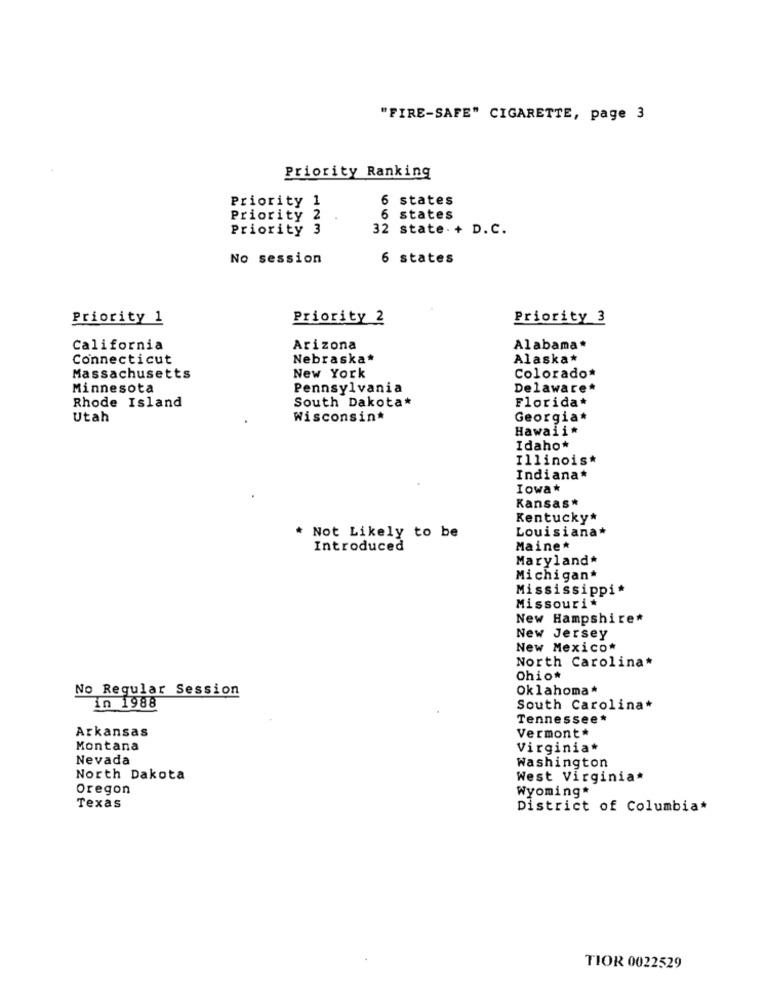
"FIRE-SAFE" CIGARETTE, page 3
Priority Ranking
Priority 1
6 states
Priority 2
states
Priority 3
32 state. + D.C.
No session
6 states
Priority 1
Priority 2
Priority 3
California
Arizona
Alabama*
Connecticut
Nebraska*
Alaska*
Massachusetts
New York
Colorado*
Minnesota
Pennsylvania
Delaware*
Florida*
Rhode Island
South Dakota*
Utah
Wisconsin*
Georgia*
Hawaii
Idaho*
Illinois*
Indiana*
Iowa*
Kansas*
Kentucky*
Louisiana*
Not Likely to be
Introduced
Maine*
Maryland*
Michigan*
Mississippi*
Missouri*
New Hampshire*
New Jersey
New Mexico*
North Carolina*
Ohio*
No Regular Session
Oklahoma*
in 1988
South Carolina*
Tennessee*
Arkansas
Vermont*
Montana
Virginia*
Nevada
Washington
North Dakota
West Virginia*
Oregon
Wyoming*
Texas
District of Columbia*
TIOR 0022529